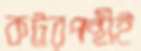
কট্টরপন্থীই